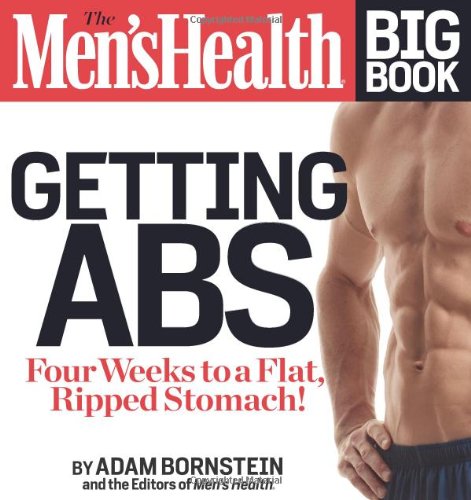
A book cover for The Men's Health Big Book: Getting Abs: Get a Flat, Ripped Stomach and Your Strongest Body Ever--in Four Weeks; Adam Bornstein; Health, Fitness & Dieting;